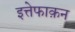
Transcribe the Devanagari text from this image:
इत्तेफाक़न